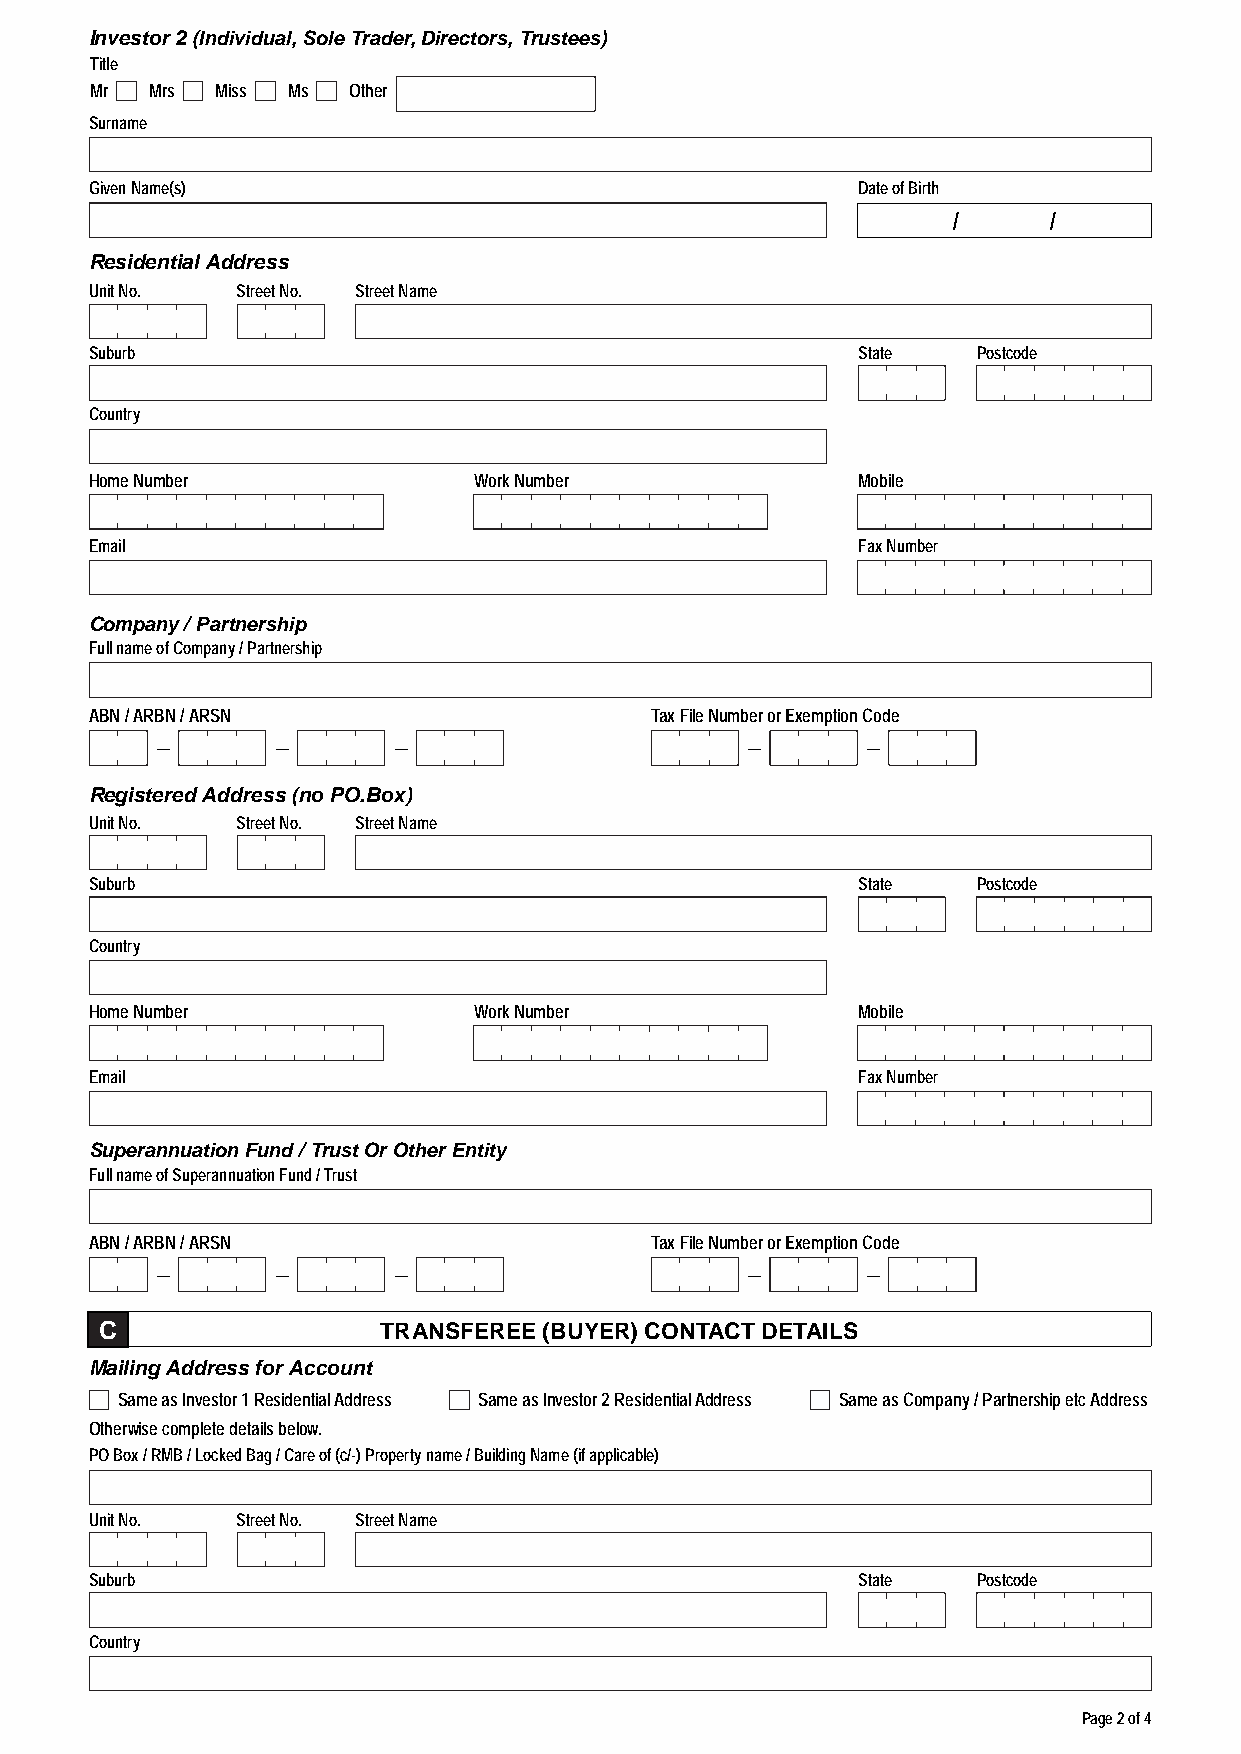
Investor 2 (Individual, Sole Trader, Directors, Trustees)
 Title
 Mr  Mrs Miss Ms  Other
 Surname
 Given Name(s)                                      Date of Birth
 /     /
 Residential Address
 Unit No.  Street No. Street Name
 Suburb                                             State   Postcode
 Country
 Home Number              Work Number               Mobile
 Email                                              Fax Number
 Company / Partnership
 Full name of Company / Partnership
 ABN / ARBN / ARSN                    Tax File Number or Exemption Code
 –       –       –                       –      –
 Registered Address (no PO.Box)
 Unit No.  Street No. Street Name
 Suburb                                             State   Postcode
 Country
 Home Number              Work Number               Mobile
 Email                                              Fax Number
 Superannuation Fund / Trust Or Other Entity
 Full name of Superannuation Fund / Trust
 ABN / ARBN / ARSN                    Tax File Number or Exemption Code
 –       –       –                       –      –
 C                 TRANSFEREE (BUYER) CONTACT DETAILS
 Mailing Address for Account
 Same as Investor 1 Residential Address Same as Investor 2 Residential Address Same as Company / Partnership etc Address
 Otherwise complete details below.
 PO Box / RMB / Locked Bag / Care of (c/-) Property name / Building Name (if applicable)
 Unit No.  Street No. Street Name
 Suburb                                             State   Postcode
 Country
 Page 2 of 4